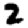
Digit: 2